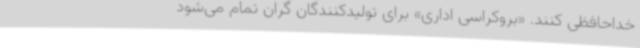
خداحافظی کنند. «بروکراسی اداری» برای تولیدکنندگان گران تمام می‌شود